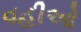
વહીઓ